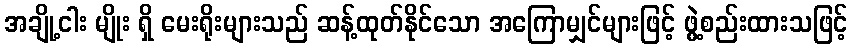
အချို့ငါး မျိုး ရှိ မေးရိုးများသည် ဆန့်ထုတ်နိုင်သော အကြောမျှင်များဖြင့် ဖွဲ့စည်းထားသဖြင့်